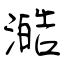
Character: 澔